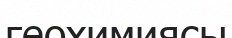
геохимиясы